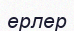
ерлер